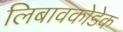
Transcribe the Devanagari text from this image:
लिबावकोडेक